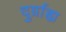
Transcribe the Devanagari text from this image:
दुर्ग्राह्य